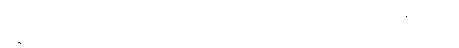
ရွှေ့ပြောင်းတောင်ယာ စိုက်ခင်းတွေ ပိုများလာတယ်လို့လည်း ဒေသခံတွေက ပြောပါတယ်။